Civil Veterinary Dept. Bombay admin report 1893-99 - 1893-1899
Year: 1893
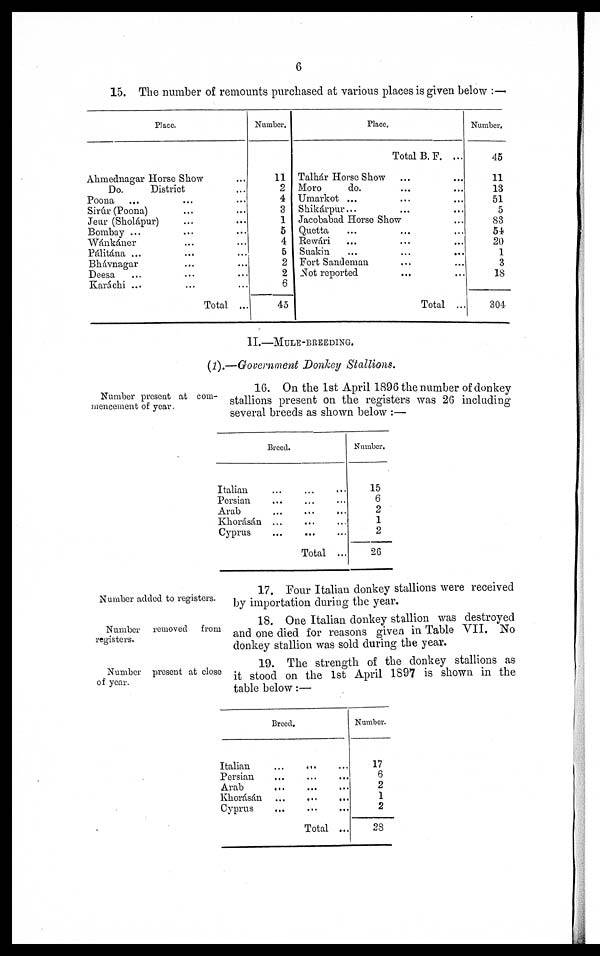
6
15. The number of remounts purchased at various places is given below:—
Place.
Ahmednagar Horse Show ...
Do.
District ...
Poona ... ... ...
Sirúr (Poona) ... ...
Jeur (Sholápur) ... ...
Bombay ... ... ...
Wánkáner ... ...
Pálitána ... ... ...
Bhávnagar ... ...
Deesa ... ... ...
Karáchi ... ... ...
Total ...
Number.
11
2
4
3
1
5
4
5
2
2
6
45
Place.
Total B. F. ...
Talhár Horse Show ... ...
Moro
do. ... ...
Umarkot ... ... ...
Shikárpur... ... ...
Jacobabad Horse Show ...
Quetta ... ... ...
Rewári ... ... ...
Suakin ... ... ...
Fort Sandeman ... ...
Not reported ... ...
Total ...
Number.
45
11
13
51
5
83
54
20
1
3
18
304
II.—MULE-BREEDING.
(1).—Government Donkey Stallions.
Number present at com-
mencement of year.
16. On the 1st April 1896 the number of donkey
stallions present on the registers was 26 including
several breeds as shown below:—
Breed.
Italian ... ... ...
Persian ... ... ...
Arab
...
...
...
Khorásán ...
...
...
Cyprus
...
...
...
Total ...
Number.
15
6
2
1
2
26
Number added to registers.
17. Four Italian donkey stallions were received
by importation during the year.
Number
removed
from
registers.
18. One Italian donkey stallion was destroyed
and one died for reasons given in Table VII. No
donkey stallion was sold during the year.
Number present at close
of year.
19. The strength of the donkey stallions as
it stood on the 1st April 1897 is shown in the
table below:—
Breed.
Italian
...
...
...
Persian
...
...
...
Arab...
...
...
Khorásán ...
...
...
Cyprus
...
...
...
Total ...
Number.
17
6
2
1
2
28